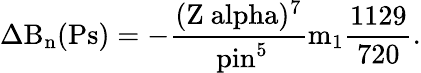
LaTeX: \mathrm{\Delta B_{n}(Ps)=-\frac{(Z\ alpha)^{7}}{\ pin^{5}}m_{1}\frac{1129}{720}.}